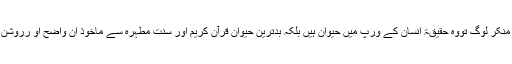
رہے ایمان سے کورے ،آخرت سے بے نیاز اللہ کے حضور میں پیش ہونے سے منکر لوگ تووہ حقیقۃ انسان کے ورپ میں حیوان ہیں بلکہ بدترین حیوان قرآن کریم اور سنت مطہرہ سے ماخوذ ان واضح او رروشن دلائل کے بعد بھی وہ اپنی چال چلن کو درست کرنے کی کوشش نہیں کرتے ہیں ۔